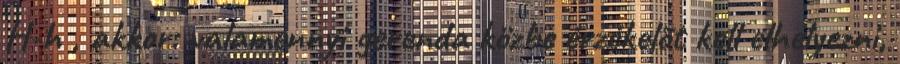
H-h , akkor: valamennyi gerenda közbe érzékelõt kell elhelyezni,